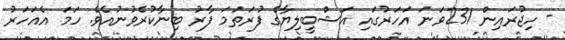
- ހިޖުރައިން 231ވަނަ އަހަރުގައި އަޝްބީލިޔާގެ ފުރަތަމަ ފާރު ބިނާކުރެވުނުއެވެ. ހަމަ އެއަހަރު